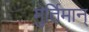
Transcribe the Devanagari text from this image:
मुर्तिमान्